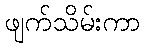
ဖျက်သိမ်းကာ